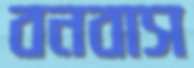
বনবাস